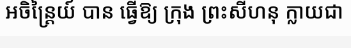
អចិន្ត្រៃយ៍ បាន ធ្វើឱ្យ ក្រុង ព្រះសីហនុ ក្លាយជា